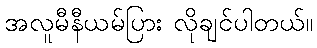
အလူမီနီယမ်ပြား လိုချင်ပါတယ်။